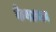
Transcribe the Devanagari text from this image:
केशाभाव